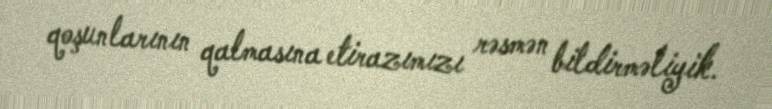
qoşunlarının qalmasına etirazımızı rəsmən bildirməliyik.